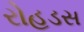
રોહડસ